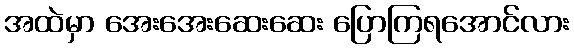
အထဲမှာ အေးအေးဆေးဆေး ပြောကြရအောင်လား